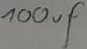
Text: 100uF